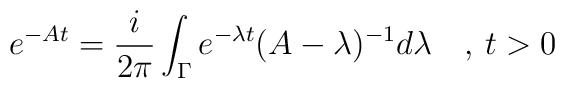
e^{-At}=\frac{i}{2\pi}\int_{\Gamma} e^{-\lambda t}(A-\lambda)^{-1} d\lambda \quad,\,t>0